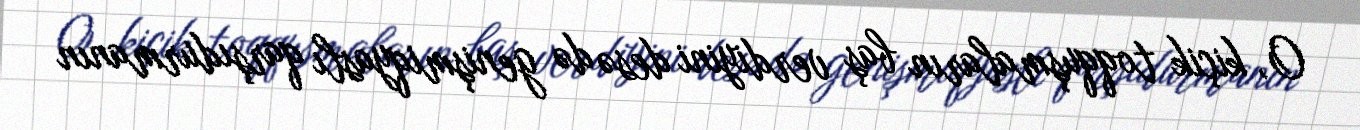
O, kiçik toqquşmaların baş verdiyini desə də genişmiqyaslı qarşıdurmanın